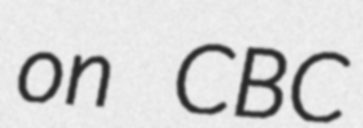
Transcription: on CBC